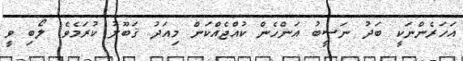
އަހަރެންނަކީ ބަދު ނަސީބު އަންހެން ކުއްޖެއްކަން މިއަދު ޤަބޫލު ކުރަމެވެ. ލޯބި ވީ